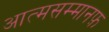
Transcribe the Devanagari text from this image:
आत्मसम्मानफ़